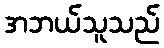
အဘယ်သူသည်